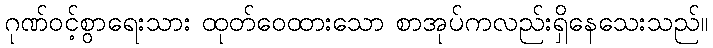
ဂုဏ်ဝင့်စွာရေးသား ထုတ်ဝေထားသော စာအုပ်ကလည်းရှိနေသေးသည်။